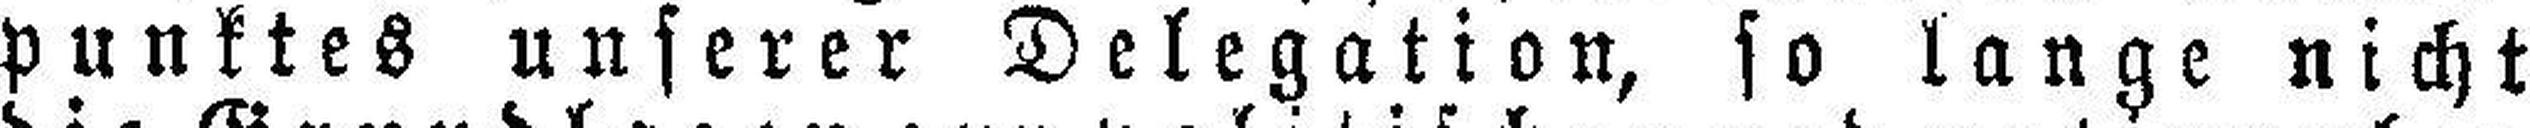
punktes unserer Delegation, so lange nicht